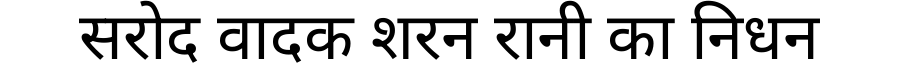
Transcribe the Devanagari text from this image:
सरोद वादक शरन रानी का निधन